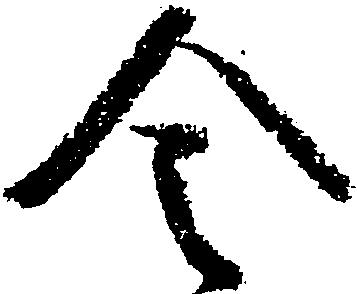
令